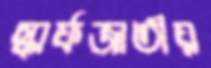
স্কার্ফজাতীয়